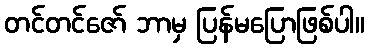
တင်တင်ဇော် ဘာမှ ပြန်မပြောဖြစ်ပါ။